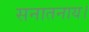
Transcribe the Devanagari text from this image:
सनातनाय।